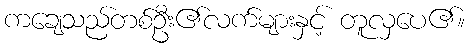
ကချေသည်တစ်ဦး၏လက်များနှင့် တူလှပေ၏။